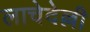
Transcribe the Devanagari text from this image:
लाचेदेल्ली